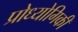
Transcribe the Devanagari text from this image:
प्रोध्योगिकी